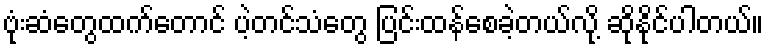
ဗုံးဆံတွေထက်တောင် ပဲ့တင်သံတွေ ပြင်းထန်စေခဲ့တယ်လို့ ဆိုနိုင်ပါတယ်။